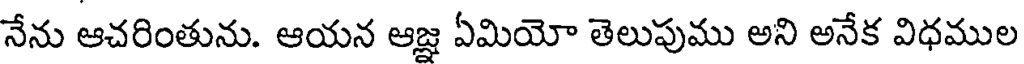
నేను ఆచరింతును. ఆయన ఆజ్ఞ ఏమియో తెలుపుము అని అనేక విధముల